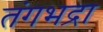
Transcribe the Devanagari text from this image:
तंगभद्रा